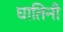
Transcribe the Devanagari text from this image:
घातिनी